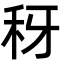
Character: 䄰